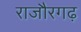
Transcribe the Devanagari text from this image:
राजौरगढ़